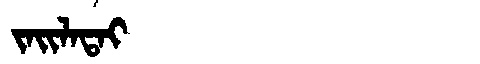
Manchu: ᠵᠠᡳᠯᠠᡨᠠᡳ
Romanization: JAILATAI